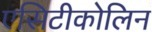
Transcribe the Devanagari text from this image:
एसिटीकोलिन